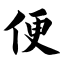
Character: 便